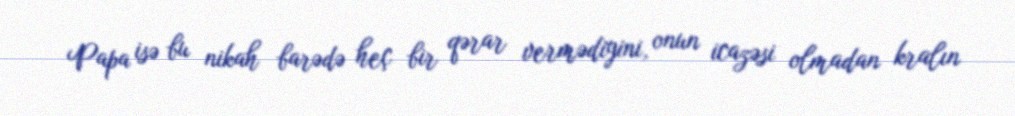
Papa isə bu nikah barədə heç bir qərar vermədiyini, onun icazəsi olmadan kralın